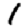
Digit: 1